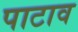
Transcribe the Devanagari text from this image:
पाटाव